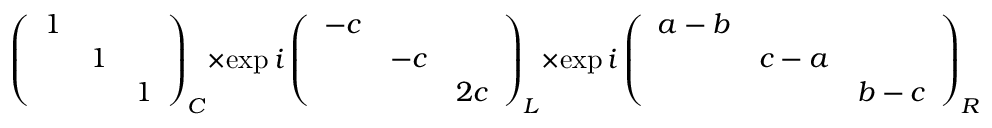
\left( \begin{array} { c c c } { { 1 } } & { { } } & { { } } \\ { { } } & { { 1 } } & { { } } \\ { { } } & { { } } & { { 1 } } \end{array} \right) _ { C } \times \exp i \left( \begin{array} { c c c } { { - c } } & { { } } & { { } } \\ { { } } & { { - c } } & { { } } \\ { { } } & { { } } & { { 2 c } } \end{array} \right) _ { L } \times \exp i \left( \begin{array} { c c c } { { a - b } } & { { } } & { { } } \\ { { } } & { { c - a } } & { { } } \\ { { } } & { { } } & { { b - c } } \end{array} \right) _ { R }